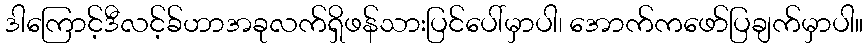
ဒါကြောင့်ဒီလင့်ခ်ဟာအခုလက်ရှိဖန်သားပြင်ပေါ်မှာပါ၊ အောက်ကဖော်ပြချက်မှာပါ။